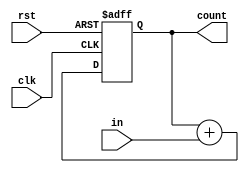
`timescale 1ns/10ps
module count_adder(count,in,rst,clk);

input in,rst,clk;

output[14:0] count;

reg[14:0] count;

  always@(negedge clk or negedge rst)
begin
  if(!rst)
  begin
    count<=1'b0;
  end
  else
  begin
    count<=count+in;
  end
end

endmodule